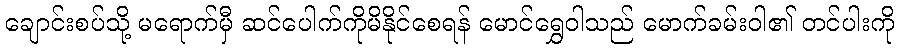
ချောင်းစပ်သို့ မရောက်မှီ ဆင်ပေါက်ကိုမိနိုင်စေရန် မောင်ရွှေဝါသည် မောက်ခမ်းဝါ၏ တင်ပါးကို